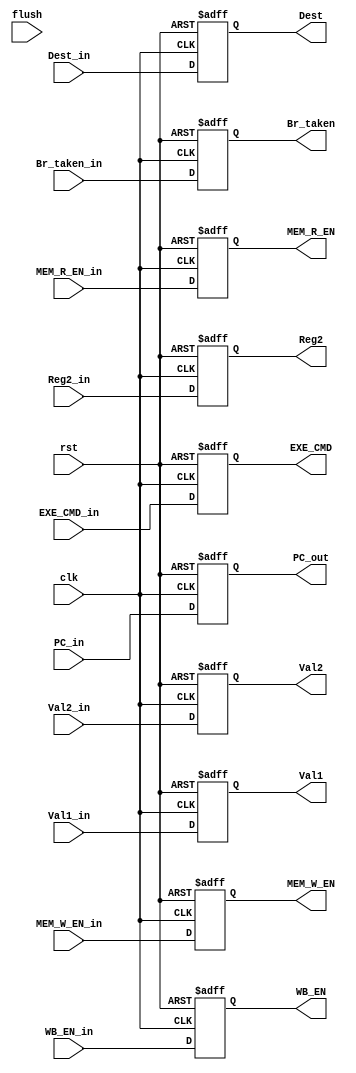
module ID_Stage_reg (
	input clk,    // Clock
	input rst,  // Asynchronous reset active low
	// from EXE Stage
	input flush,
	// to stage registers
	input[4:0]Dest_in,
	input[31:0]Reg2_in,
	input[31:0]Val2_in,
	input[31:0]Val1_in, 
	input [31:0] PC_in,
	input Br_taken_in,
	input[3:0]EXE_CMD_in,
	input MEM_R_EN_in,
	input MEM_W_EN_in,
	input WB_EN_in,
	// to stage registers
	output reg[4:0] Dest,
	output reg[31:0] Reg2,
	output reg[31:0] Val2,
	output reg[31:0] Val1,
	output reg [31:0] PC_out,	
	output reg Br_taken,
	output reg [3:0]EXE_CMD,
	output reg MEM_R_EN,
	output reg MEM_W_EN,
	output reg WB_EN
);

always @(posedge clk or posedge rst) begin : proc_ID_Stage_reg
	if(rst) begin
		PC_out <= 0;
		Dest <= 0;
		Reg2 <= 0;
		Val2 <= 0;
		Val1 <= 0;
		Br_taken <= 0;
		EXE_CMD <= 0;
		MEM_W_EN <= 0;
		MEM_R_EN <= 0;
		WB_EN <= 0;
	end else begin
		PC_out <= PC_in ;
		Dest <= Dest_in;
		Reg2 <= Reg2_in;
		Val2 <= Val2_in;
		Val1 <= Val1_in;
		Br_taken <= Br_taken_in;
		EXE_CMD <= EXE_CMD_in;
		MEM_W_EN <= MEM_W_EN_in;
		MEM_R_EN <= MEM_R_EN_in;
		WB_EN <= WB_EN_in;
	end
end

endmodule